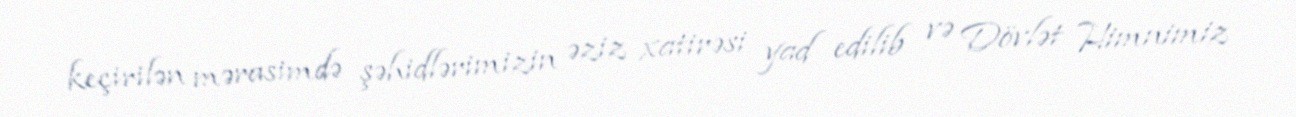
keçirilən mərasimdə şəhidlərimizin əziz xatirəsi yad edilib və Dövlət Himnimiz